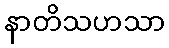
နာတိသဟသာ